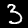
Digit: 3